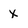
Character: X